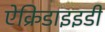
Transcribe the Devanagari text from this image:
ऐक्रिडाइइडी